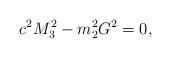
LaTeX: \begin{align*}c^{2} M_{3}^{2} - m_{2}^{2} G^{2} = 0,\end{align*}